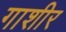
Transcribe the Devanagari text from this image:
गाशीर